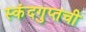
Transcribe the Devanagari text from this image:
स्कंदगुप्तची